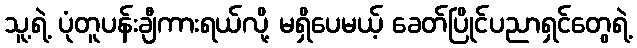
သူ့ရဲ့ ပုံတူပန်းချီကားရယ်လို့ မရှိပေမယ့် ခေတ်ပြိုင်ပညာရှင်တွေရဲ့